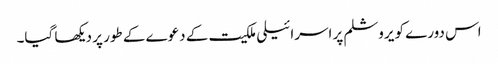
اس دورے کو یروشلم پر اسرائیلی ملکیت کے دعوے کے طور پر دیکھا گیا۔